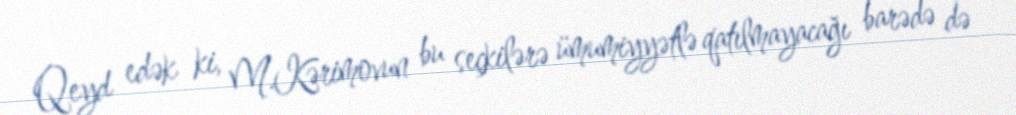
Qeyd edək ki, M.Kərimovun bu seçkilərə ümumiyyətlə qatılmayacağı barədə də